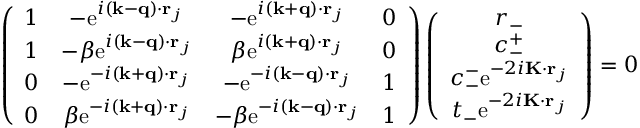
\begin{array} { r } { \left( \begin{array} { c c c c } { 1 } & { - \mathrm { e } ^ { i ( \mathbf { k } - \mathbf { q } ) \cdot \mathbf { r } _ { j } } } & { - \mathrm { e } ^ { i ( \mathbf { k } + \mathbf { q } ) \cdot \mathbf { r } _ { j } } } & { 0 } \\ { 1 } & { - \beta \mathrm { e } ^ { i ( \mathbf { k } - \mathbf { q } ) \cdot \mathbf { r } _ { j } } } & { \beta \mathrm { e } ^ { i ( \mathbf { k } + \mathbf { q } ) \cdot \mathbf { r } _ { j } } } & { 0 } \\ { 0 } & { - \mathrm { e } ^ { - i ( \mathbf { k } + \mathbf { q } ) \cdot \mathbf { r } _ { j } } } & { - \mathrm { e } ^ { - i ( \mathbf { k } - \mathbf { q } ) \cdot \mathbf { r } _ { j } } } & { 1 } \\ { 0 } & { \beta \mathrm { e } ^ { - i ( \mathbf { k } + \mathbf { q } ) \cdot \mathbf { r } _ { j } } } & { - \beta \mathrm { e } ^ { - i ( \mathbf { k } - \mathbf { q } ) \cdot \mathbf { r } _ { j } } } & { 1 } \end{array} \right) \left( \begin{array} { c } { r _ { - } } \\ { c _ { - } ^ { + } } \\ { c _ { - } ^ { - } \mathrm { e } ^ { - 2 i \mathbf { K } \cdot \mathbf { r } _ { j } } } \\ { t _ { - } \mathrm { e } ^ { - 2 i \mathbf { K } \cdot \mathbf { r } _ { j } } } \end{array} \right) = 0 } \end{array}